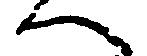
へ